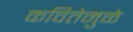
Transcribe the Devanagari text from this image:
कवितेमुळे